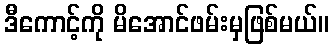
ဒီကောင့်ကို မိအောင်ဖမ်းမှဖြစ်မယ်။